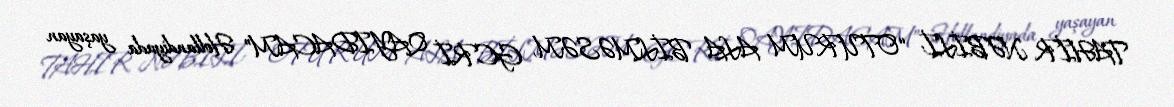
TAHİR NƏBİLİ: “OTURUM ALA BİLMƏSƏM, GERİ QAYIDACAM” Hollandiyada yaşayan